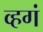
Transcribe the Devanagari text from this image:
व्हगं